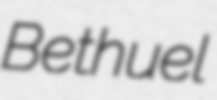
Bethuel